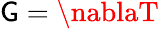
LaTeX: \mathsf{G}=\nablaT